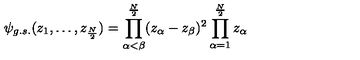
\psi _ { g . s . } ( z _ { 1 } , \ldots , z _ { \frac { N } { 2 } } ) = \prod _ { \alpha < \beta } ^ { \frac { N } { 2 } } ( z _ { \alpha } - z _ { \beta } ) ^ { 2 } \prod _ { \alpha = 1 } ^ { \frac { N } { 2 } } z _ { \alpha }